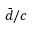
\bar { d } / c